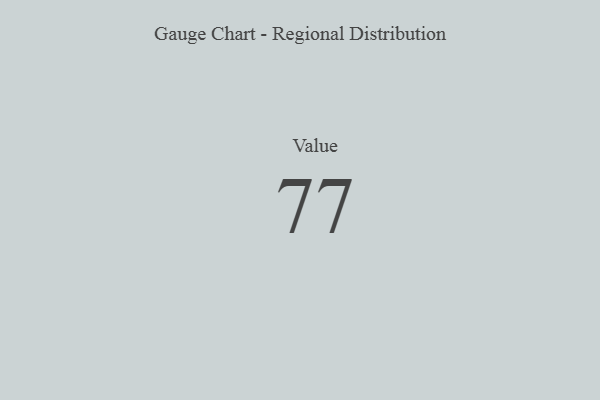
{"axis": {"x": "Metric", "y": "Value"}, "legend": [""], "data": [{"x": "Value", "y": 77, "type": ""}]}